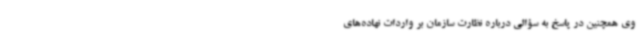
وی همچنین در پاسخ به سؤالی درباره نظارت سازمان بر واردات نهاده‌های